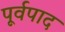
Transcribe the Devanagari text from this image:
पूर्वपाद